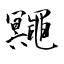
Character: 鼆